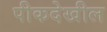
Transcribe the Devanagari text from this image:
पीकदेखील